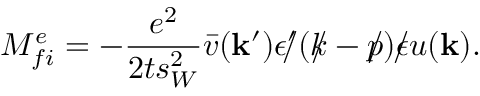
{ \cal M } _ { f i } ^ { e } = - \frac { e ^ { 2 } } { 2 t s _ { W } ^ { 2 } } \bar { v } ( { \bf k } ^ { \prime } ) \epsilon ^ { \prime } \! \! \! / ( k \! \! \! / - p \! \! \! / ) \epsilon \! \! \! / u ( { \bf k } ) .